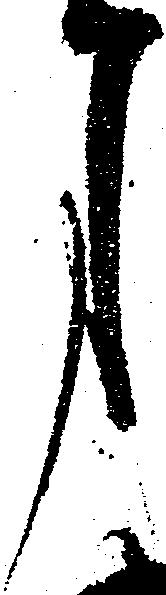
月